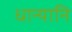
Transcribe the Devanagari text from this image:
धान्यानि